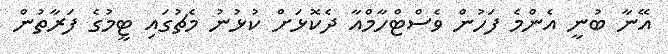
އޭނާ ބުނީ އެންމެ ފަހުން ވެސްޓްހާމްއާ ދެކޮޅަށް ކުޅުނު މެޗުގައި ޓީމުގެ ފަރާތުން